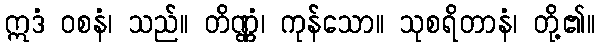
ဣဒံ ဝစနံ၊ သည်။ တိဏ္ဏံ၊ ကုန်သော။ သုစရိတာနံ၊ တို့၏။